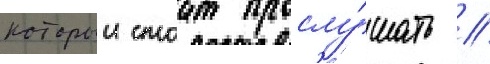
которыи стоит прослу́шать /